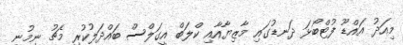
މިއަދު އައްޑޫ ފުޓްބޯޅަ ދަނޑުގައި މާޒިޔާއާއި ކްލަބް އީގަލްސް ބައްދަލުކުރި މެޗު ނިމުނީ